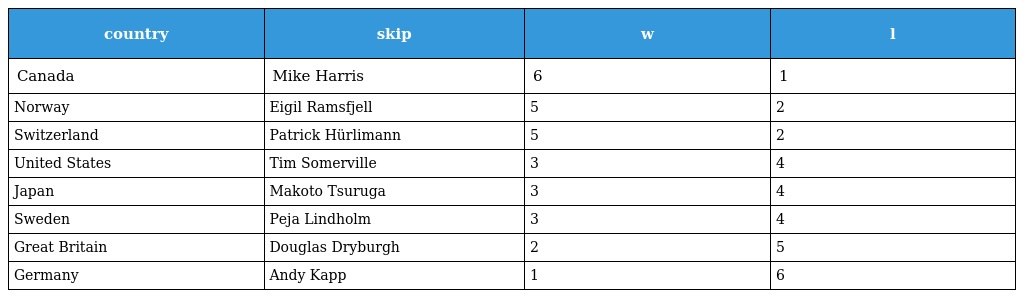
| country | skip | w | l |
 | --- | --- | --- | --- |
 | Canada | Mike Harris | 6 | 1 |
 | Norway | Eigil Ramsfjell | 5 | 2 |
 | Switzerland | Patrick Hürlimann | 5 | 2 |
 | United States | Tim Somerville | 3 | 4 |
 | Japan | Makoto Tsuruga | 3 | 4 |
 | Sweden | Peja Lindholm | 3 | 4 |
 | Great Britain | Douglas Dryburgh | 2 | 5 |
 | Germany | Andy Kapp | 1 | 6 |